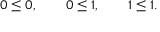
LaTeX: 0 \leq 0 , \qquad 0 \leq 1 , \qquad 1 \leq 1 .